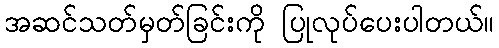
အဆင်သတ်မှတ်ခြင်းကို ပြုလုပ်ပေးပါတယ်။